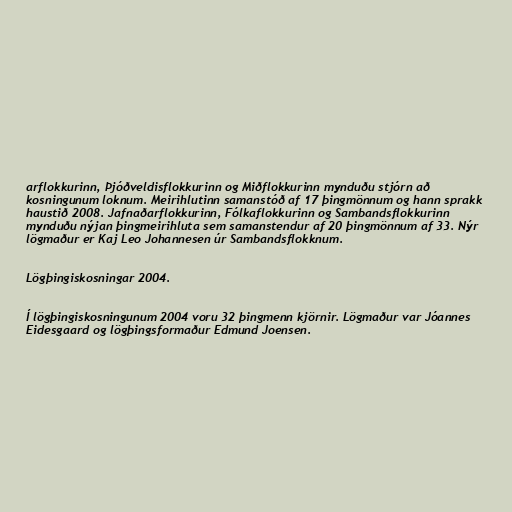
arflokkurinn, Þjóðveldisflokkurinn og Miðflokkurinn mynduðu stjórn að
kosningunum loknum. Meirihlutinn samanstóð af 17 þingmönnum og hann sprakk
haustið 2008. Jafnaðarflokkurinn, Fólkaflokkurinn og Sambandsflokkurinn
mynduðu nýjan þingmeirihluta sem samanstendur af 20 þingmönnum af 33. Nýr
lögmaður er Kaj Leo Johannesen úr Sambandsflokknum.

Lögþingiskosningar 2004.

Í lögþingiskosningunum 2004 voru 32 þingmenn kjörnir. Lögmaður var Jóannes
Eidesgaard og lögþingsformaður Edmund Joensen.